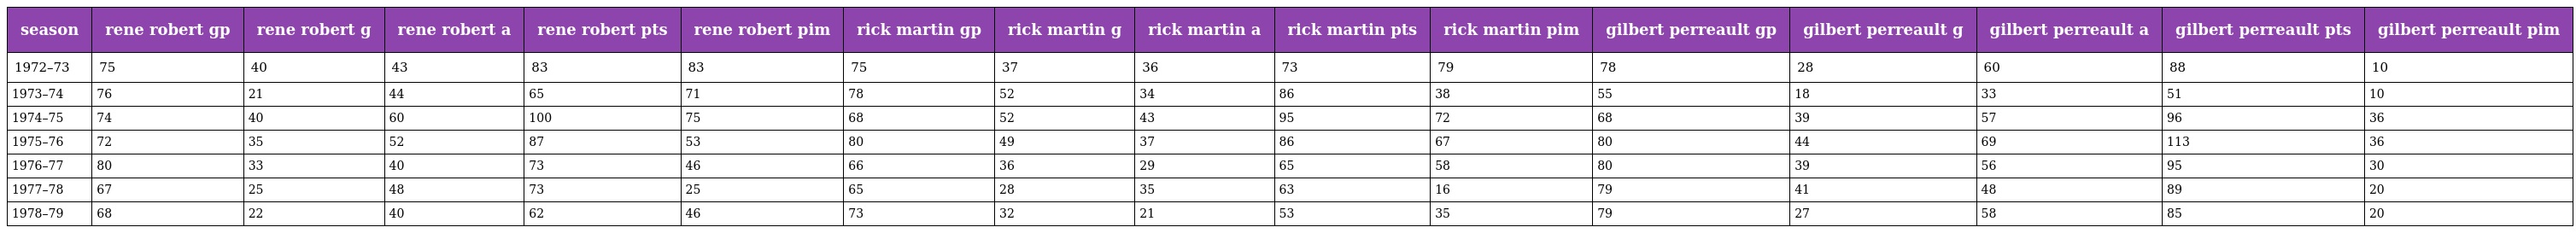
| season | rene robert gp | rene robert g | rene robert a | rene robert pts | rene robert pim | rick martin gp | rick martin g | rick martin a | rick martin pts | rick martin pim | gilbert perreault gp | gilbert perreault g | gilbert perreault a | gilbert perreault pts | gilbert perreault pim |
 | --- | --- | --- | --- | --- | --- | --- | --- | --- | --- | --- | --- | --- | --- | --- | --- |
 | 1972–73 | 75 | 40 | 43 | 83 | 83 | 75 | 37 | 36 | 73 | 79 | 78 | 28 | 60 | 88 | 10 |
 | 1973–74 | 76 | 21 | 44 | 65 | 71 | 78 | 52 | 34 | 86 | 38 | 55 | 18 | 33 | 51 | 10 |
 | 1974–75 | 74 | 40 | 60 | 100 | 75 | 68 | 52 | 43 | 95 | 72 | 68 | 39 | 57 | 96 | 36 |
 | 1975–76 | 72 | 35 | 52 | 87 | 53 | 80 | 49 | 37 | 86 | 67 | 80 | 44 | 69 | 113 | 36 |
 | 1976–77 | 80 | 33 | 40 | 73 | 46 | 66 | 36 | 29 | 65 | 58 | 80 | 39 | 56 | 95 | 30 |
 | 1977–78 | 67 | 25 | 48 | 73 | 25 | 65 | 28 | 35 | 63 | 16 | 79 | 41 | 48 | 89 | 20 |
 | 1978–79 | 68 | 22 | 40 | 62 | 46 | 73 | 32 | 21 | 53 | 35 | 79 | 27 | 58 | 85 | 20 |